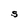
Character: S